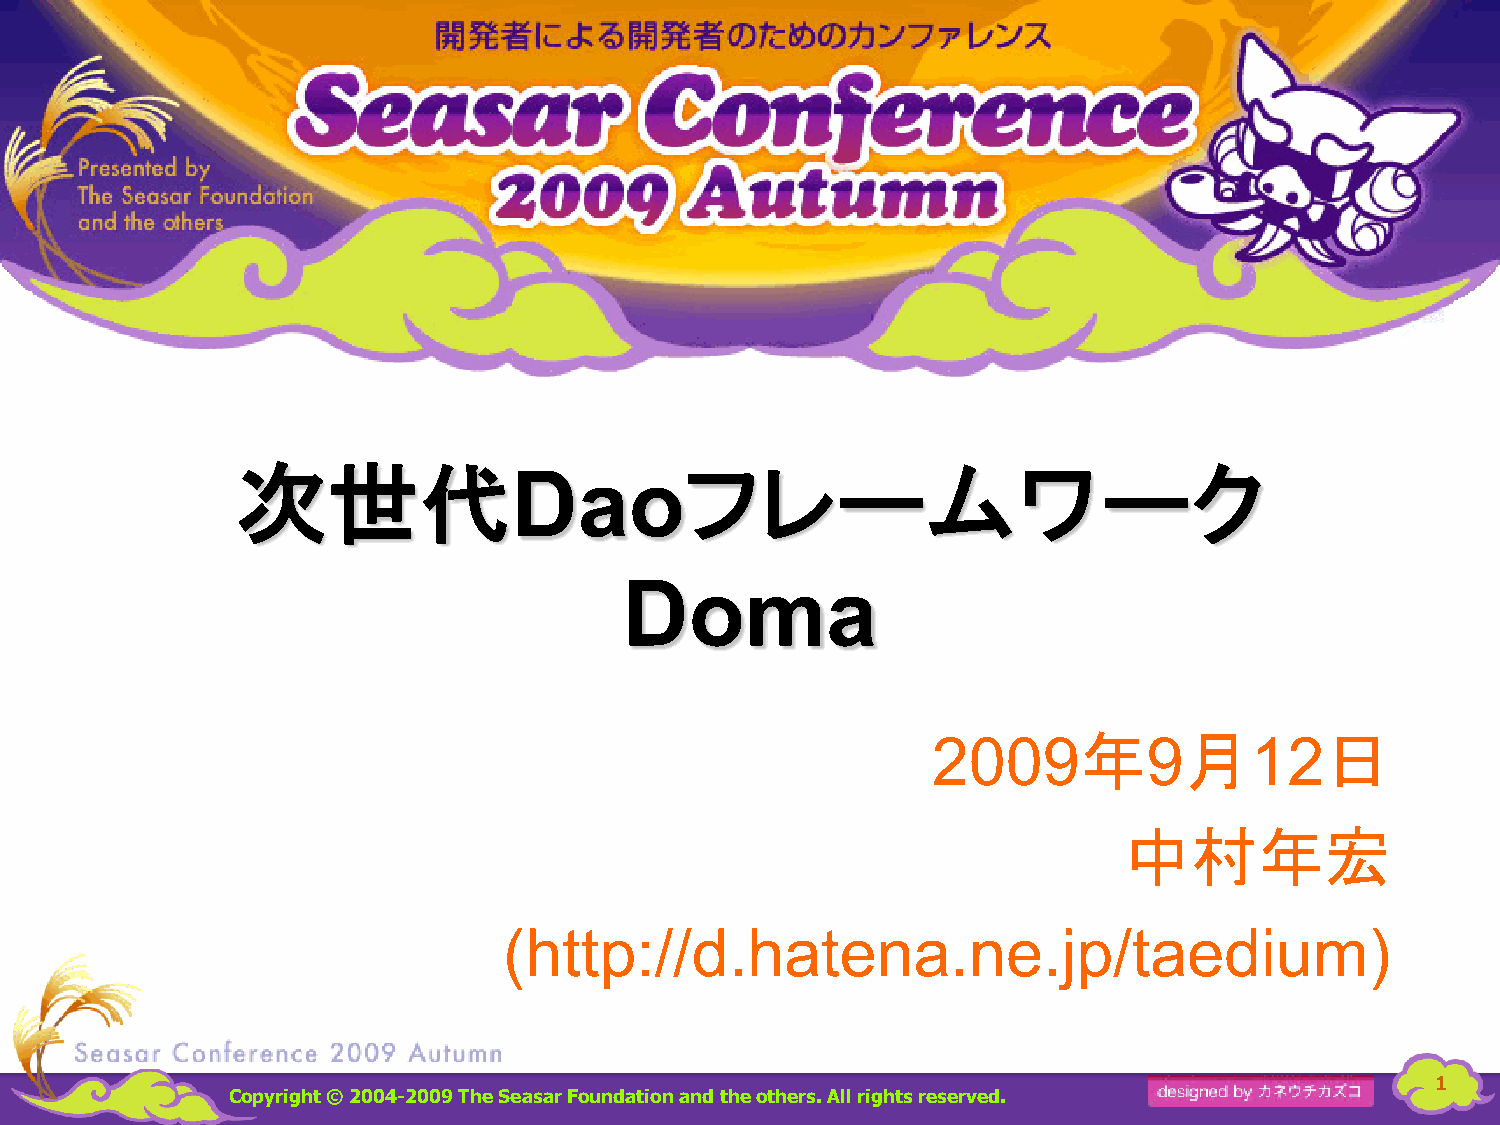
次世代                          フレームワーク
 Dao
 Doma
 年      月         日
 2009          9      12
 中村年宏
 (http://d.hatena.ne.jp/taedium)
 1
 Copyright © 2004-2009 The Seasar Foundationand the others. All rights reserved.